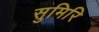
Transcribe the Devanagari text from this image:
सुमिरि